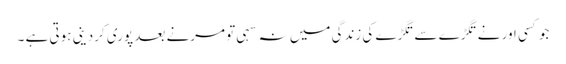
جو کسی اور نے تگڑے سے تگڑے کی زندگی میں نہ سہی تو مرنے بعد پوری کردینی ہوتی ہے ۔